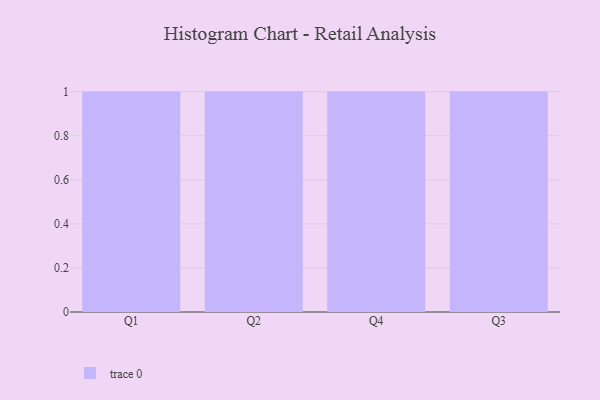
{"axis": {"x": "Quarter", "y": "Market Share (%)"}, "legend": [""], "data": [{"x": "Q1", "y": 74, "type": ""}, {"x": "Q2", "y": 21, "type": ""}, {"x": "Q4", "y": 27, "type": ""}, {"x": "Q3", "y": 35, "type": ""}]}